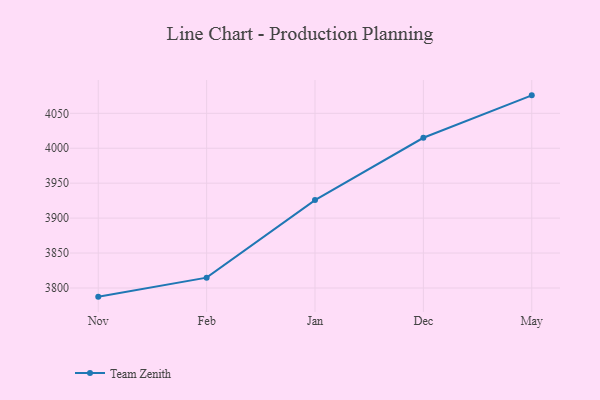
{"axis": {"x": "Month", "y": "Market Share (%)"}, "legend": ["Team Zenith"], "data": [{"x": "Nov", "y": 3787.6, "type": "Team Zenith"}, {"x": "Feb", "y": 3814.8, "type": "Team Zenith"}, {"x": "Jan", "y": 3925.8, "type": "Team Zenith"}, {"x": "Dec", "y": 4015.0, "type": "Team Zenith"}, {"x": "May", "y": 4075.7, "type": "Team Zenith"}]}